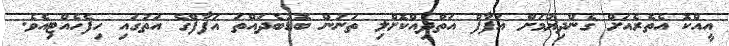
އީއްކޮ އެތެރެއަށް ގެންދިޔުމަށް އަފާފް އަތްދިއްކޮށްލި ތަނުން ބޮޑުބެދައްތަ އަފާފްގެ އަތުގައި ހިފެހެއްޓިއެވެ.